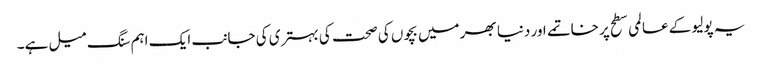
یہ پولیو کے عالمی سطح پر خاتمے اور دنیا بھر میں بچوں کی صحت کی بہتری کی جانب ایک اہم سنگ میل ہے۔